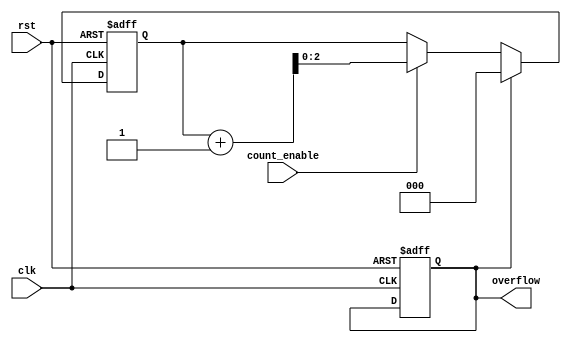
module Counter
#(parameter Counter_Width =3) 
(
    output  reg    overflow,
    input   wire    clk,rst,
    input   wire    count_enable
);
    reg [Counter_Width-1:0]  counter=0;
    reg [Counter_Width-1:0]  counter_reg=0;
always@(posedge clk or negedge rst)
begin
    if (!rst)
        begin
            counter<= { (Counter_Width) {1'b0} };
            overflow<=0;
        end
        

    else 
    begin
        if (count_enable)
            counter<=counter_reg;
                if (overflow)
                    counter<= { (Counter_Width) {1'b0} };
    end

end

always@(*)

begin
    {overflow , counter_reg }<=counter+1;
end

endmodule